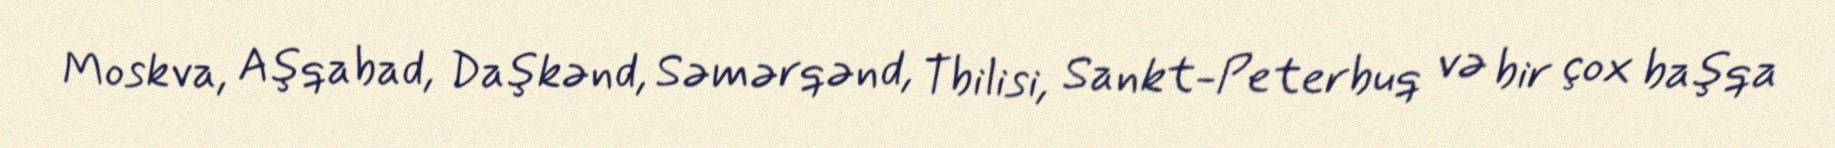
Moskva, Aşqabad, Daşkənd, Səmərqənd, Tbilisi, Sankt-Peterbuq və bir çox başqa